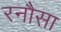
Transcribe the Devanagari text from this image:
रनौसा